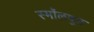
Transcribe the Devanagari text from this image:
स्मॉलवुड